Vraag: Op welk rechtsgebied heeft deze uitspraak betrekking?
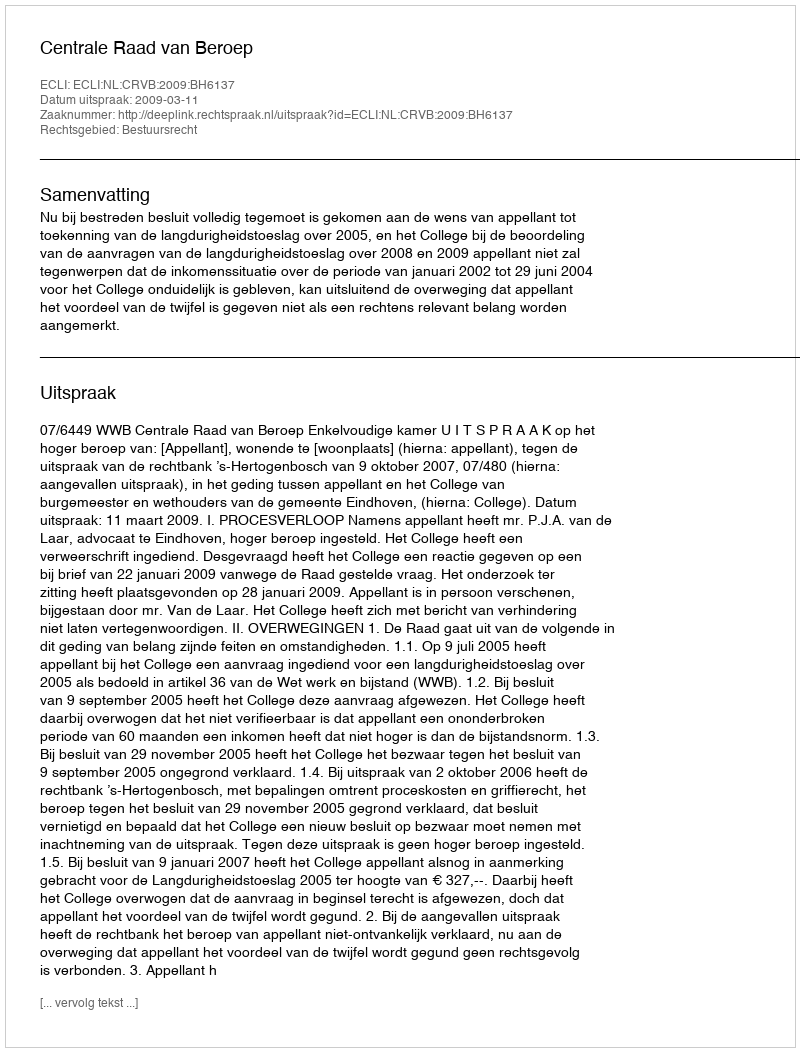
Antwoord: Bestuursrecht